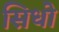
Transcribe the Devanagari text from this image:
सिधो